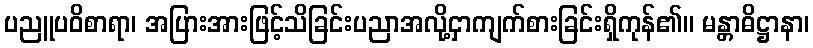
ပညူပဝိစာရာ၊ အပြားအားဖြင့်သိခြင်းပညာအလို့ငှာကျက်စားခြင်းရှိကုန်၏။ မန္တာဓိဋ္ဌာနာ၊